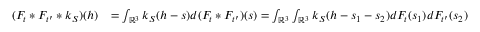
\begin{array} { r l } { ( F _ { t } * F _ { t ^ { \prime } } * k _ { S } ) ( h ) } & { = \int _ { \mathbb { R } ^ { 3 } } k _ { S } ( h - s ) d ( F _ { t } * F _ { t ^ { \prime } } ) ( s ) = \int _ { \mathbb { R } ^ { 3 } } \int _ { \mathbb { R } ^ { 3 } } k _ { S } ( h - s _ { 1 } - s _ { 2 } ) d F _ { t } ( s _ { 1 } ) d F _ { t ^ { \prime } } ( s _ { 2 } ) } \end{array}